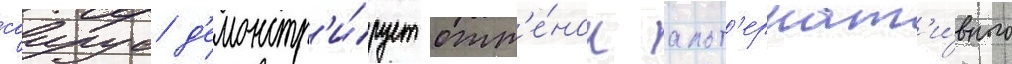
саирус д'емонстр'и́рует отт'е́нок альт'ернат'и́вного